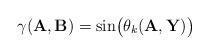
LaTeX: \begin{align*}\gamma(\mathbf{A}, \mathbf{B}) = \sin\bigl( \theta_k(\mathbf{A},\mathbf{Y}) \bigr)\end{align*}